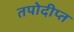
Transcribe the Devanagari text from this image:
तपोदीप्त